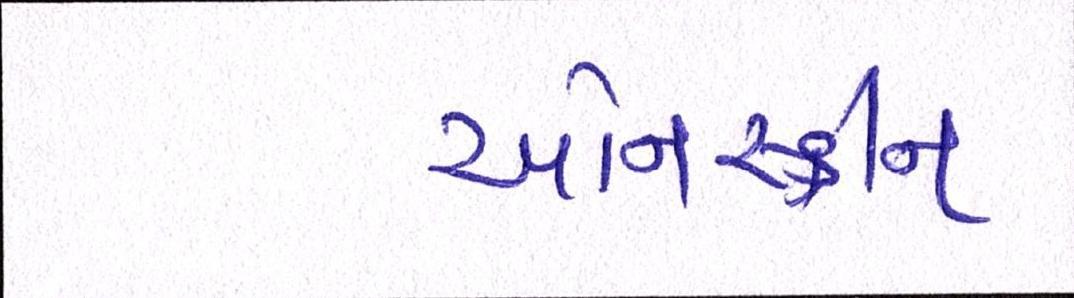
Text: ઓનસ્ક્રીન